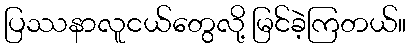
ပြဿနာလူငယ်တွေလို့ မြင်ခဲ့ကြတယ်။